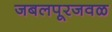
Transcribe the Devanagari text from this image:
जबलपूरजवळ